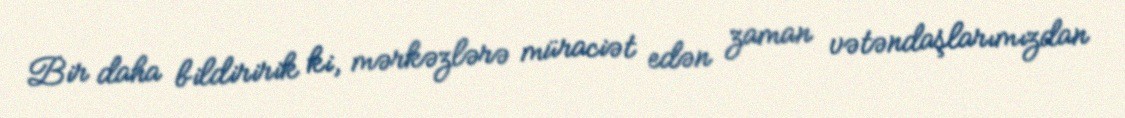
Bir daha bildiririk ki, mərkəzlərə müraciət edən zaman vətəndaşlarımızdan